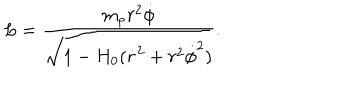
LaTeX: L = \frac { m _ { p } r ^ { 2 } \dot { \phi } } { \sqrt { 1 - H _ { 0 } ( \dot { r } ^ { 2 } + r ^ { 2 } \dot { \phi } ^ { 2 } ) } } .